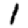
Digit: 1